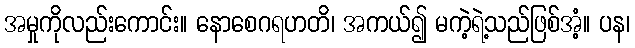
အမှုကိုလည်းကောင်း။ နောစေဂရဟတိ၊ အကယ်၍ မကဲ့ရဲ့သည်ဖြစ်အံ့။ ပန၊